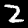
Digit: 2